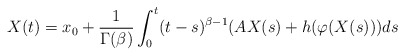
\begin{align*}X(t)=x_0+\frac{1}{\Gamma(\beta)}\int_0^t(t-s)^{\beta-1}(AX(s)+h(\varphi(X(s)))ds\end{align*}